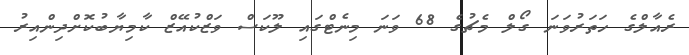
ރެއާލްގެ ހަތަރުވަނަ ގޯލް މެޗުގެ 68 ވަނަ މިނެޓްގައި ލޫކަސް ވަޒްކުއޭޒް ކާމިޔާބުކޮށްދިންއިރު